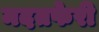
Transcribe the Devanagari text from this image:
मदतफेरी